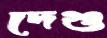
দেগু